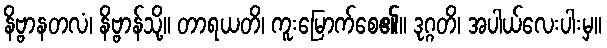
နိဗ္ဗာနတလံ၊ နိဗ္ဗာန်သို့။ တာရယတိ၊ ကူးမြောက်စေ၏။ ဒုဂ္ဂတိ၊ အပါယ်လေးပါးမှ။